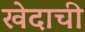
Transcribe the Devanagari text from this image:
खेदाची